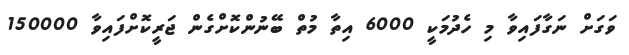
ވަގަށް ނަގާފައިވާ މި ހެދުމަކީ 6000 އިތާ މުތް ބޭނުންކޮށްގެން ޖަރީކޮށްފައިވާ 150000